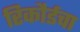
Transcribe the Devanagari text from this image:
रिकौर्डचा